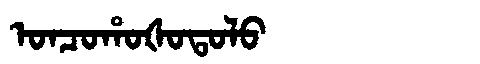
Manchu: ᠣᠨᠴᠣᡥᠣᡧᠣᡨᠣᠯᠣ
Romanization: ONCOHOŠOTOLO